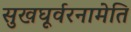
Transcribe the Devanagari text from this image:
सुखघूर्वरनामेति